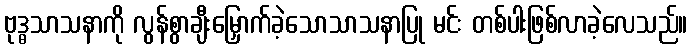
ဗုဒ္ဓသာသနာကို လွန်စွာချီးမြှောက်ခဲ့သောသာသနာပြု မင်း တစ်ပါးဖြစ်လာခဲ့လေသည်။